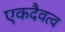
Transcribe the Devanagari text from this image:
एकदैवत्व